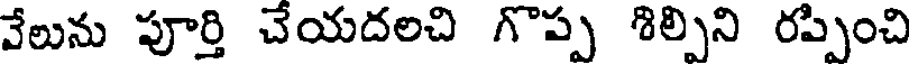
వేలును పూర్తి చేయదలచి గొప్ప శిల్పిని రప్పించి